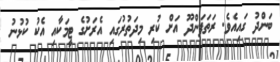
ބަންދު ގައިއެވެ. ރަތަފަންދޫ އަށް ކުރި މިދަތުރުގައި އެރަށުގެ ޓީމަކާއި އެކު ކުޅުނު